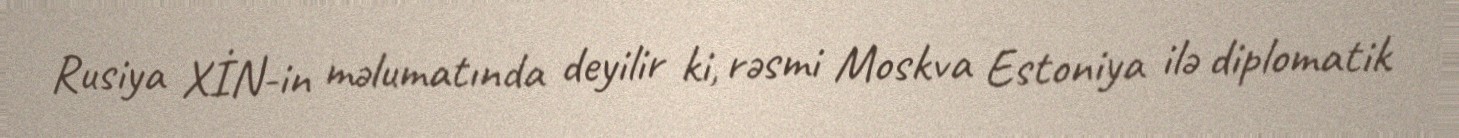
Rusiya XİN-in məlumatında deyilir ki, rəsmi Moskva Estoniya ilə diplomatik